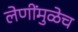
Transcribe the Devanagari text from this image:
लेणींमुळेच